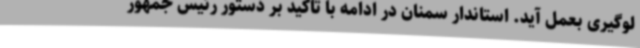
لوگیری بعمل آید.‌ استاندار سمنان در ادامه با تاکید بر دستور رئیس جمهور